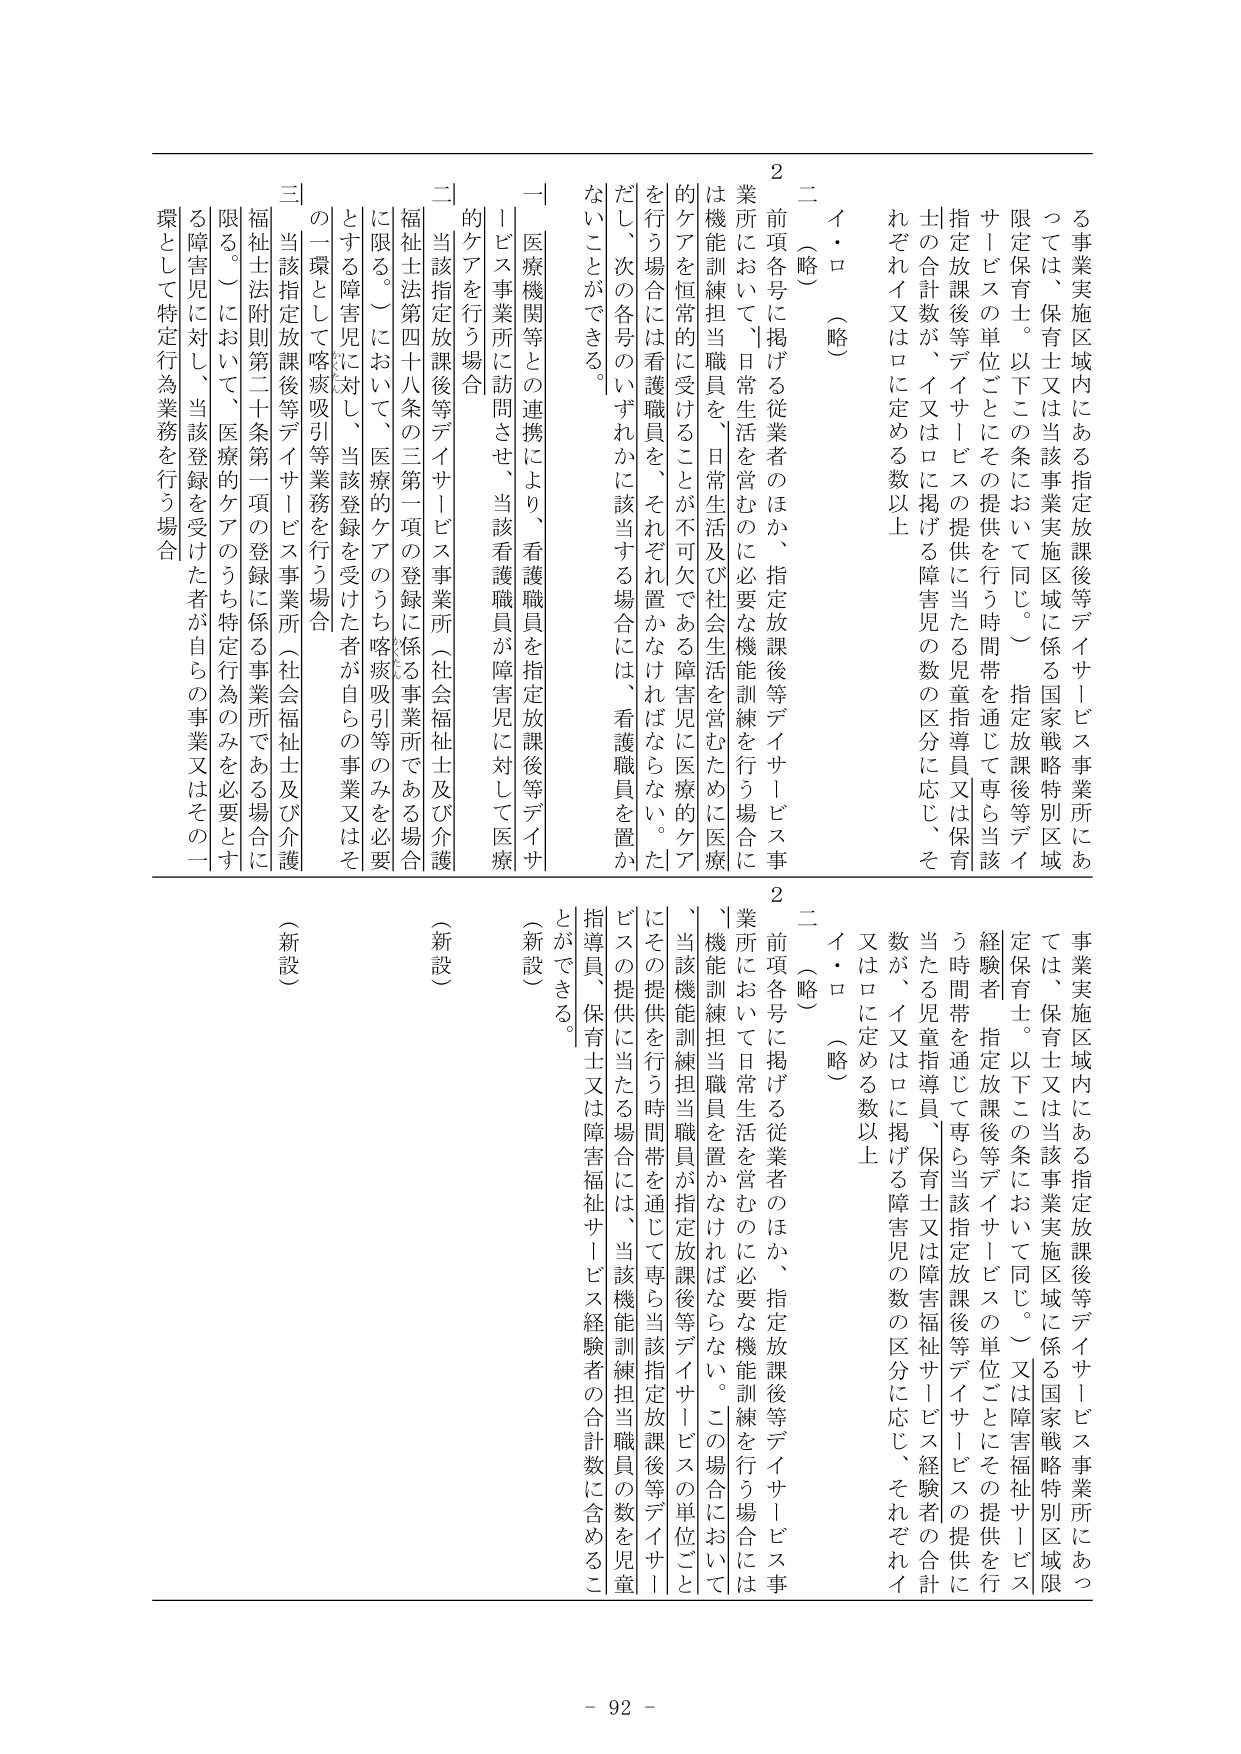
る事業実施区域内にある指定放課後等デイサービス事業所にあっては、保育士又は当該事業実施区域に係る国家戦略特別区域限定保育士。以下この条において同じ。）指定放課後等デイサービスの単位ごとにその提供を行う時間帯を通じて専ら当該指定放課後等デイサービスの提供に当たる児童指導員又は保育士の合計数が、イ又はロに掲げる障害児の数の区分に応じ、それぞれイ又はロに定める数以上

二（略）

イ・ロ（略）

２ 前項各号に掲げる従業者のほか、指定放課後等デイサービス事業所において、日常生活を営むのに必要な機能訓練を行う場合には機能訓練担当職員を、日常生活及び社会生活を営むために医療的ケアを恒常的に受けることが不可欠である障害児に医療的ケアを行う場合には看護職員を、それぞれ置かなければならない。ただし、次の各号のいずれかに該当する場合には、看護職員を置かないことができる。

一 医療機関等との連携により、看護職員を指定放課後等デイサービス事業所に訪問させ、当該看護職員が障害児に対して医療的ケアを行う場合

二 当該指定放課後等デイサービス事業所（社会福祉士及び介護福祉士法第四十八条の三第一項の登録に係る事業所である場合に限る。）において、医療的ケアのうち喀痰吸引等業務を行う場合

三 当該指定放課後等デイサービス事業所（社会福祉士及び介護福祉士法附則第二十条第一項の登録に係る事業所である場合に限る。）において、医療的ケアのうち特定行為のみを必要とする障害児に対し、当該登録を受けた者が自らの事業又はその一環として特定行為業務を行う場合

（新設）

事業実施区域内にある指定放課後等デイサービス事業所にあっては、保育士又は当該事業実施区域に係る国家戦略特別区域限定保育士。以下この条において同じ。）又は障害福祉サービス経験者。指定放課後等デイサービスの単位ごとにその提供を行う時間帯を通じて専ら当該指定放課後等デイサービスの提供に当たる児童指導員、保育士又は障害福祉サービス経験者の合計数が、イ又はロに掲げる障害児の数の区分に応じ、それぞれイ又はロに定める数以上

二（略）

イ・ロ（略）

２ 前項各号に掲げる従業者のほか、指定放課後等デイサービス事業所において日常生活を営むのに必要な機能訓練を行う場合には、機能訓練担当職員を置かなければならない。この場合において、当該機能訓練担当職員が指定放課後等デイサービスの単位ごとにその提供を行う時間帯を通じて専ら当該指定放課後等デイサービスの提供に当たる場合には、当該機能訓練担当職員の数を児童指導員、保育士又は障害福祉サービス経験者の合計数に含めることができる。

（新設）

- 92 -